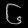
Digit: ၆